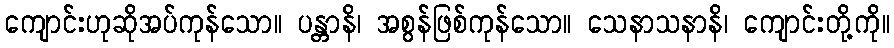
ကျောင်းဟုဆိုအပ်ကုန်သော။ ပန္တာနိ၊ အစွန်ဖြစ်ကုန်သော။ သေနာသနာနိ၊ ကျောင်းတို့ကို။